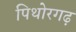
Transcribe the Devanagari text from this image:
पिथोरगढ़